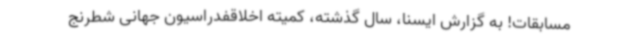
مسابقات! به گزارش ایسنا، سال گذشته، کمیته اخلاقفدراسیون جهانی شطرنج